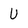
Character: U